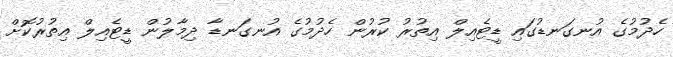
ހެދުމުގެ އުނގަނޑުގައި ޑީޓެއިލް އިތުރު ކުރުން ހެދުމުގެ އުނގަނޑާ ދިމާލުން ޑީޓެއިލް އިތުރުކޮށް